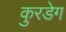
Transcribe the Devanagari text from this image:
कुरडेग